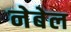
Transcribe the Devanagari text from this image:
नेबेल